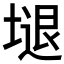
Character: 𱗩